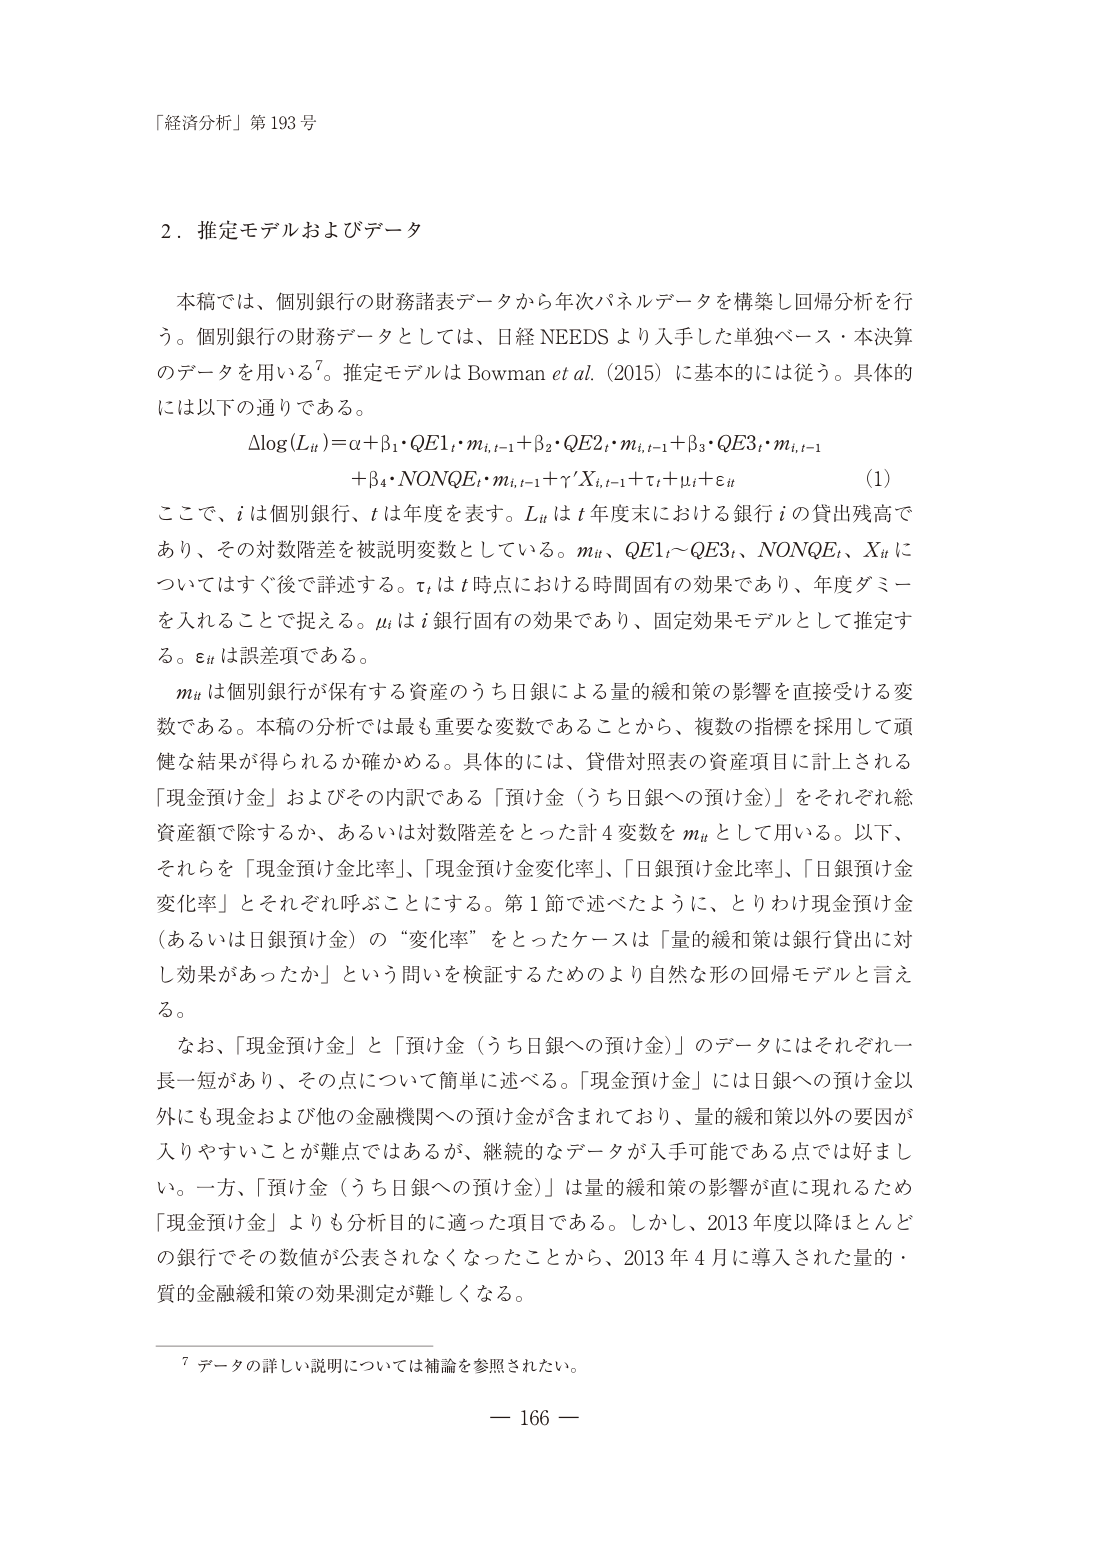
「経済分析」第 193 号

2．推定モデルおよびデータ

本稿では、個別銀行の財務諸表データから年次パネルデータを構築し回帰分析を行う。個別銀行の財務データとしては、日経 NEEDS より入手した単独ベース・本決算のデータを用いる⁷。推定モデルは Bowman et al. (2015) に基本的には従う。具体的には以下の通りである。

Δlog(Lit) = α + β₁・QE1t・mit,t−1 + β₂・QE2t・mit,t−1 + β₃・QE3t・mit,t−1
　　　　　+ β₄・NONQEₜ・mit,t−1 + γ·Xit,t−1 + τₜ + μᵢ + εᵢₜ　　(1)

ここで、i は個別銀行、t は年度を表す。Lit は t 年度末における銀行 i の貸出残高であり、その対数階差を被説明変数としている。mit、QE1ₜ～QE3ₜ、NONQEₜ、Xit についてはすぐ後で詳述する。τₜ は t 時点における時間固有の効果であり、年度ダミーを入れることで捉える。μᵢ は i 銀行固有の効果であり、固定効果モデルとして推定する。εᵢₜ は誤差項である。

mit は個別銀行が保有する資産のうち日銀による量的緩和策の影響を直接受ける変数である。本稿の分析では最も重要な変数であることから、複数の指標を採用して頑健な結果が得られるか確かめる。具体的には、貸借対照表の資産項目に計上される「現金預け金」およびその内訳である「預け金（うち日銀への預け金）」をそれぞれ総資産額で除するか、あるいは対数階差をとった計 4 変数を mit として用いる。以下、それらを「現金預け金比率」、「現金預け金変化率」、「日銀預け金比率」、「日銀預け金変化率」とそれぞれ呼ぶことにする。第 1 節で述べたように、とりわけ現金預け金（あるいは日銀預け金）の“変化率”をとったケースは「量的緩和策は銀行貸出に対し効果があったか」という問いを検証するためのより自然な形の回帰モデルと言える。

なお、「現金預け金」と「預け金（うち日銀への預け金）」のデータにはそれぞれ一長一短があり、その点について簡単に述べる。「現金預け金」には日銀への預け金以外にも現金および他の金融機関への預け金が含まれており、量的緩和策以外の要因が入りやすいことが難点ではあるが、継続的なデータが入手可能である点では好ましい。一方、「預け金（うち日銀への預け金）」は量的緩和策の影響が直に現れるため「現金預け金」よりも分析目的に適った項目である。しかし、2013 年度以降ほとんどどの銀行でその数値が公表されなくなったことから、2013 年 4 月に導入された量的・質的金融緩和策の効果測定が難しくなる。

⁷ データの詳しい説明については補論を参照されたい。

— 166 —